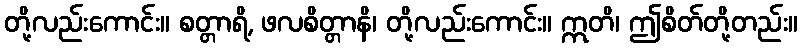
တို့လည်းကောင်း။ စတ္တာရိ, ဖလစိတ္တာနိ၊ တို့လည်းကောင်း။ ဣတိ၊ ဤစိတ်တို့တည်း။